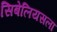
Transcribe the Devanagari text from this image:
सिबेलियसला